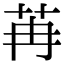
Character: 苒